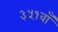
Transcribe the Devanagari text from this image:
३५१वाँ